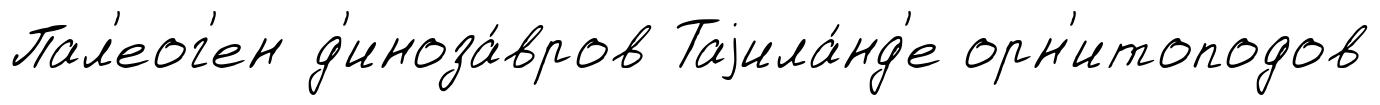
Пал'еог'ен д'иноза́вров Таjила́нд'е орн'итоподов